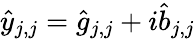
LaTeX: \hat{y}_{j,j}=\hat{g}_{j,j}+i\hat{b}_{j,j}